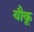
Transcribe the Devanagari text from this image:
यौकू